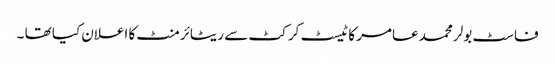
فاسٹ بولر محمد عامر کا ٹیسٹ کرکٹ سے ریٹائرمنٹ کا اعلان کیا تھا ۔